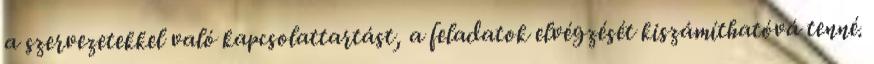
a szervezetekkel való kapcsolattartást, a feladatok elvégzését kiszámíthatóvá tenné.